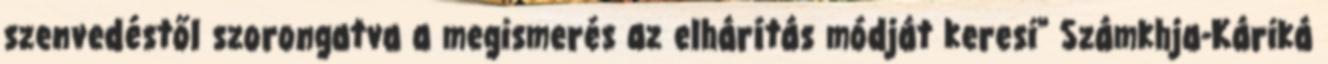
szenvedéstől szorongatva a megismerés az elhárítás módját keresi" Számkhja-Káriká